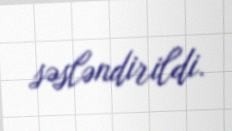
səsləndirildi.